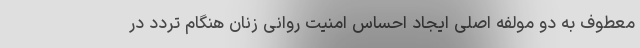
معطوف به دو مولفه اصلی ایجاد احساس امنیت روانی زنان هنگام تردد در